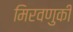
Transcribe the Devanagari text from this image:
मिरवणुकी